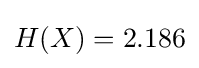
H(X)=2.186